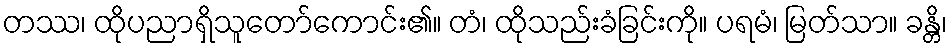
တဿ၊ ထိုပညာရှိသူတော်ကောင်း၏။ တံ၊ ထိုသည်းခံခြင်းကို။ ပရမံ၊ မြတ်သာ။ ခန္တိ၊